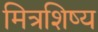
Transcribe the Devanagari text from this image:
मित्रशिष्य